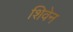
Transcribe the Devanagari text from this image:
शिवेन